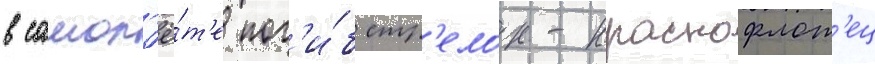
в самол'ё́т'е пог'и́б стр'елок-краснофлот'ец